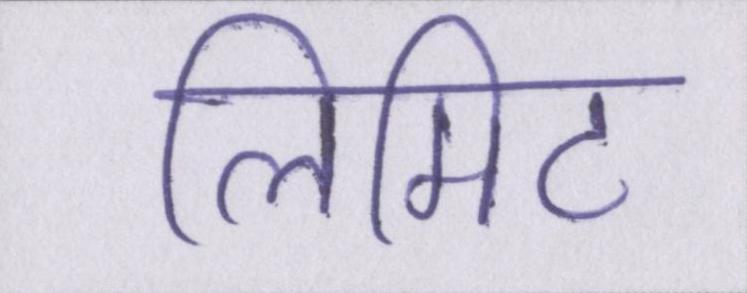
लिमिट